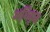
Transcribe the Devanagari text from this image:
अधि़कृत